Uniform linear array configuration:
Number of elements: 16
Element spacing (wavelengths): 1
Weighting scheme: uniform
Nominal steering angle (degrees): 60
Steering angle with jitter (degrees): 58.408
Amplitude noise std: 0.05
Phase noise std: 0.05

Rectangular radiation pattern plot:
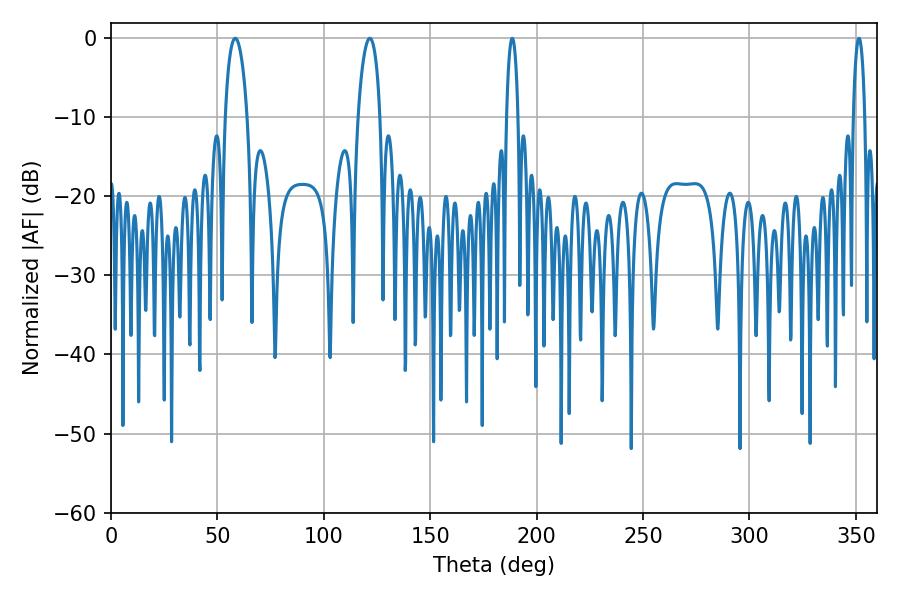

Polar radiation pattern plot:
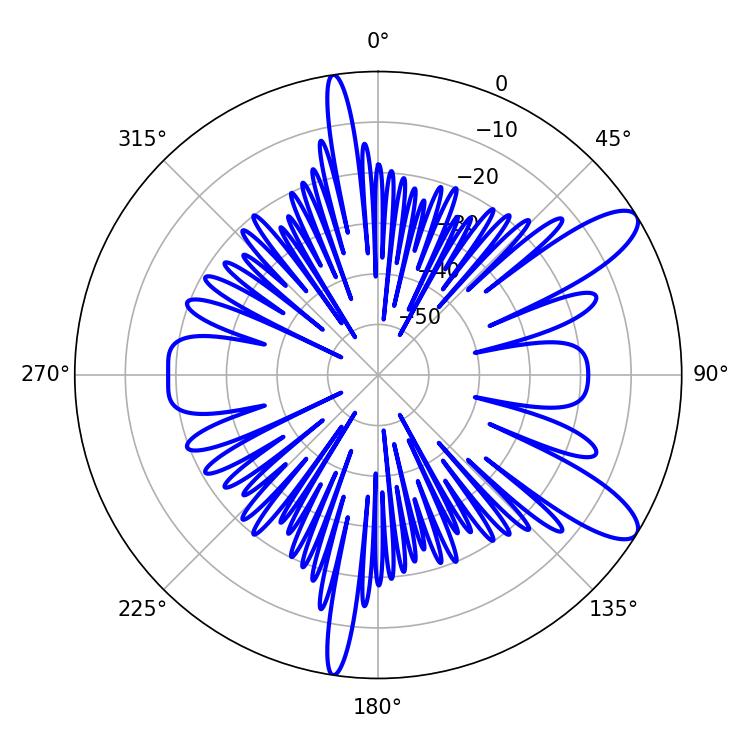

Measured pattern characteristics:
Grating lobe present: TRUE
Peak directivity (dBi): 10.602
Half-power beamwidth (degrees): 5.94
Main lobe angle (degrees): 121.68